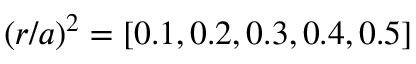
( r / a ) ^ { 2 } = [ 0 . 1 , 0 . 2 , 0 . 3 , 0 . 4 , 0 . 5 ]